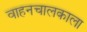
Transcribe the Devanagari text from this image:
वाहनचालकाला